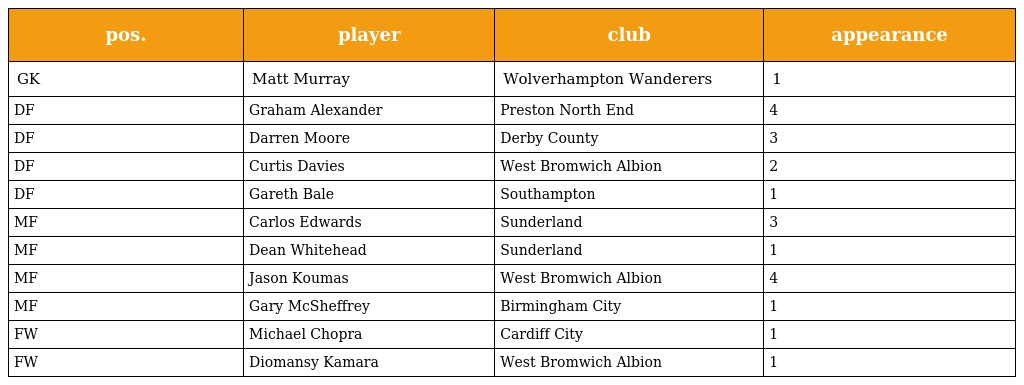
| pos. | player | club | appearance |
 | --- | --- | --- | --- |
 | GK | Matt Murray | Wolverhampton Wanderers | 1 |
 | DF | Graham Alexander | Preston North End | 4 |
 | DF | Darren Moore | Derby County | 3 |
 | DF | Curtis Davies | West Bromwich Albion | 2 |
 | DF | Gareth Bale | Southampton | 1 |
 | MF | Carlos Edwards | Sunderland | 3 |
 | MF | Dean Whitehead | Sunderland | 1 |
 | MF | Jason Koumas | West Bromwich Albion | 4 |
 | MF | Gary McSheffrey | Birmingham City | 1 |
 | FW | Michael Chopra | Cardiff City | 1 |
 | FW | Diomansy Kamara | West Bromwich Albion | 1 |